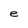
Character: e